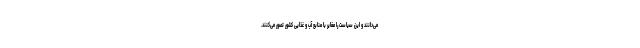
می‌دانند و این سیاست را مغایر با منابع آب و غذایی کشور تصور می‌کنند.